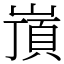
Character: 嵿